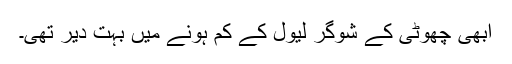
ابھی چھوٹی کے شوگر لیول کے کم ہونے میں بہت دیر تھی۔